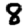
Digit: 8